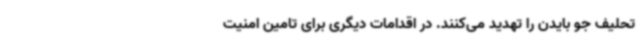
تحلیف جو بایدن را تهدید می‌کنند. در اقدامات دیگری برای تامین امنیت